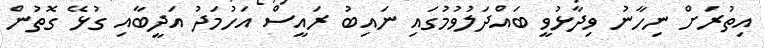
އިތުރަށް ނިހާނު ވިދާޅުވީ ބައްދަލުވުމުގައި ނައިބު ރައީސް އަހުމަދު އަދީބާއި ގުޅޭ ގޮތުން